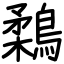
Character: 鶔